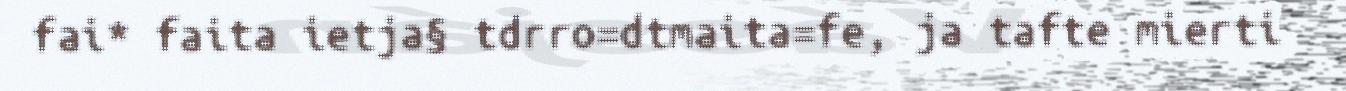
fai* faita ietja§ tdrro=dtmaita=fe, ja tafte mierti